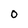
Character: O